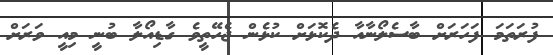
ފުރަތަމަ ފަހަރަށް ބާސެލޯނާއާ ދެކޮޅަށް ކުޅެން ޖެހޭތީވެ ގާޑިއޯލާ ބުނީ މިއީ ވަރަށް